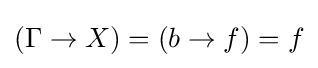
(\Gamma \to X)=(b\to f)=f